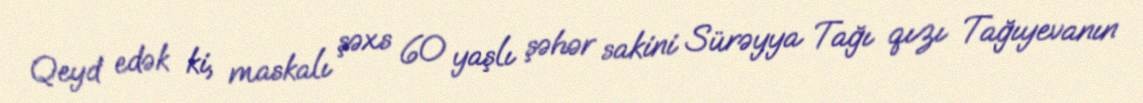
Qeyd edək ki, maskalı şəxs 60 yaşlı şəhər sakini Sürəyya Tağı qızı Tağıyevanın